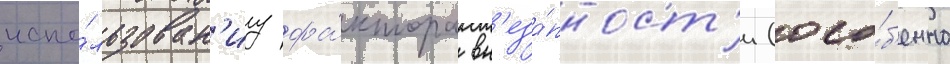
испо́льзован'иу фа́ктора вн'еза́пност'и (осо́б'енно